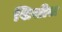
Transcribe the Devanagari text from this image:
सिसील